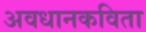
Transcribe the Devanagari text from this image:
अवधानकविता